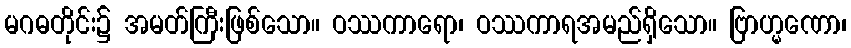
မဂဓတိုင်း၌ အမတ်ကြီးဖြစ်သော။ ဝဿကာရော၊ ဝဿကာရအမည်ရှိသော။ ဗြာဟ္မဏော၊